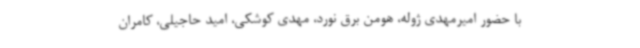
با حضور امیرمهدی ژوله، هومن برق نورد، مهدی کوشکی، امید حاجیلی، کامران